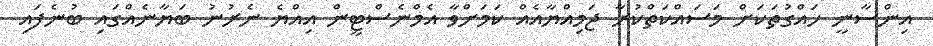
އިންސާނީ ހައްގުތަކަށް މަސައްކަތްކުރާ ޖަމިއްޔާއެއް ކަމަށްވާ އެމްނެސްޓީން އިއްޔެ ނެރުނު ބަޔާނެއްގައި ބުނެފައި